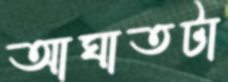
আঘাতটা